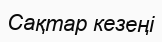
Сақтар кезеңі